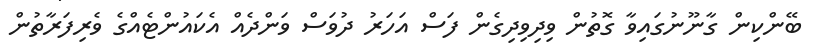
ބޭންކިން ގާނޫނުގައިވާ ގޮތުން ވިދިވިދިގެން ފަސް އަހަރު ދުވަސް ވަންދެއް އެކައުންޓެއްގެ ވެރިފަރާތުން